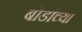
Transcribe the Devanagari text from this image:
बोर्डाच्‍या